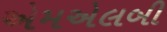
એમએલબી